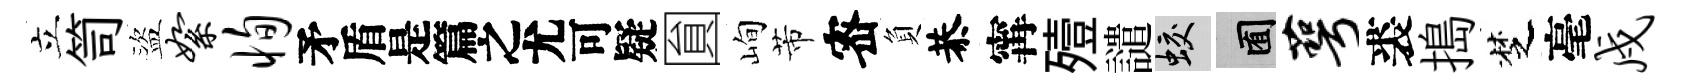
立笥盜絮恂待圎峋芾宻負恭𡩋殪譴蛟囿萼裘搗椘毫戍